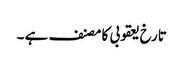
تارخ یعقوبی کا مصنف ہے ۔